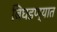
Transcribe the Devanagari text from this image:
बिघडण्यात